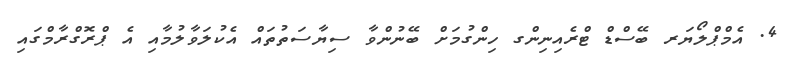
4. އެމްޕްލޯޔަރ ބޭސްޑް ޓްރެއިނިންގ ހިންގުމަށް ބޭނުންވާ ސިޔާސަތުތައް އެކުލަވާލުމާއި އެ ޕްރޮގްރާމްގައި